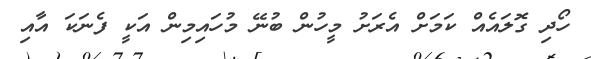
ހޯދި ގޮލައެއް ކަމަށް އެރަށު މީހުން ބުނޭ މުހައިމިން އަކީ ފެނަކަ އާއި